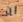
ان